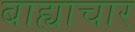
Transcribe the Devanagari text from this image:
बाह्याचार